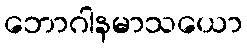
ဘောဂါနမာသယော